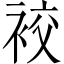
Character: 䘨